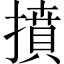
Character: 𢴢